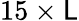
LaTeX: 15\times\mathsf{L}